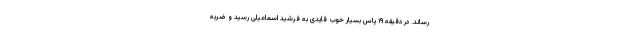
رساند. در دقیقه ۱۹ پاس بسیار خوب قایدی به فرشید اسماعیلی رسید و ضربه